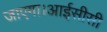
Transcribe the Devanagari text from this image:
जाएगा।आईसीसी